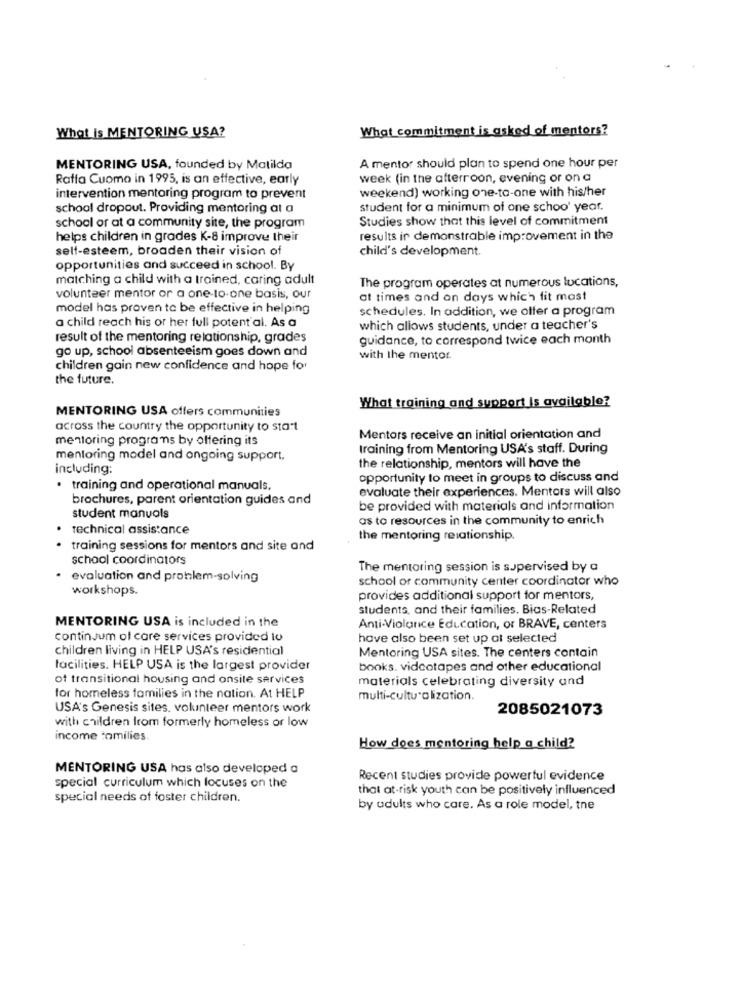
What is MENTORING USA?
What commitment is asked of mentors?
MENTORING USA, founded by Matilda
A mentor should plan to spend one hour per
Raffa Cuomo in 1995, is an effective, early
week (in the afterroon, evening or on a
weekend) working one-to-one with his/her
intervention mentoring program to prevent
school dropout. Providing mentoring at a
student for a minimum of one schoo' year.
Studies show that this level of commitment
school or at a community site, the program
helps children in grades K-8 improve their
results in demonstrable improvement in the
self-esteem, broaden their vision of
child's development.
opportunities and succeed in school. By
matching a child with a trained, caring adult
The program operates at numerous locations,
volunteer mentor or a one-to-one basis, our
at times and on days which fit mast
model has proven to be effective in helping
schedules. In addition, we offer a program
a child reach his or her full potent al. As a
which allows students, under a teacher's
result of the mentoring relationship, grades
guidance, to correspond twice each month
go up, school absenteeism goes down and
with the mentor.
children gain new confidence and hope for
the future.
What training and support Is available?
MENTORING USA offers communities
across the country the opportunity to start
mentoring programs by offering its
Mentors receive an initial orientation and
training from Mentoring USA's staff. During
mentoring model and ongoing support.
including:
the relationship, mentors will have the
opportunity to meet in groups to discuss and
· training and operational manuals,
evaluate their experiences. Mentors will also
brochures, parent orientation guides and
be provided with materials and information
student manuals
as to resources in the community to enrich
technical assistance
the mentoring relationship.
training sessions for mentors and site and
school coordinators
The mentoring session is supervised by a
evaluation and problem-solving
school or community center coordinator who
workshops.
provides additional support for mentors,
students, and their families. Bias-Related
MENTORING USA is included in the
Anti-Violanice Education, or BRAVE, centers
continsum of care services provided to
have also been set up at selected
children living in HELP USA's residential
Mentoring USA sites. The centers contain
facilities. HELP USA is the largest provider
books. videotapes and other educational
ot transitional housing and onsite services
materials celebrating diversity and
for homeless families in the nation. At HELP
multi-culturalization.
USA's Genesis sites, volunteer mentors work
2085021073
with children from formerly homeless or low
income tamilies.
How does mentoring help a child?
MENTORING USA has also developed a
Recent studies provide powerful evidence
special curriculum which focuses on the
that at-risk youth can be positively influenced
special needs of foster children.
by adults who care. As a role model, tne